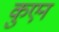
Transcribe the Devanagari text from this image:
कुएन